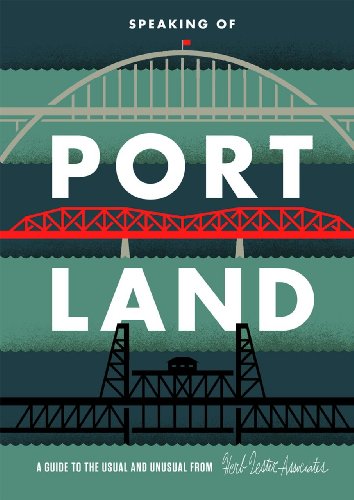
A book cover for Speaking Of Portland: A Guide to the Usual and Unusual; Travel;